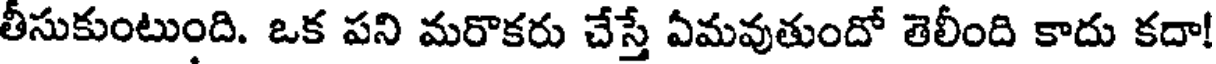
తీసుకుంటుంది. ఒక పని మరొకరు చేస్తే ఏమవుతుందో తెలీంది కాదు కదా!